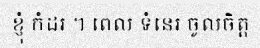
ខ្ញុំ កំដរ ។ ពេល ទំនេរ ចូលចិត្ត